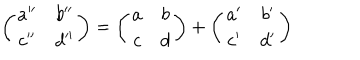
\left( \begin{matrix} { { a ^ { \prime \prime } } } & { { b ^ { \prime \prime } } } \\ { { c ^ { \prime \prime } } } & { { d ^ { \prime \prime } } } \\ \end{matrix} \right) = \left( \begin{matrix} { { a } } & { { b } } \\ { { c } } & { { d } } \\ \end{matrix} \right) + \left( \begin{matrix} { { a ^ { \prime } } } & { { b ^ { \prime } } } \\ { { c ^ { \prime } } } & { { d ^ { \prime } } } \\ \end{matrix} \right)